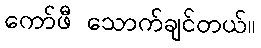
ကော်ဖီ သောက်ချင်တယ်။